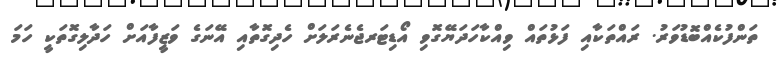
ތަންފުކެއްބޮޑުވަރު. ރައްތަކާއި ފަޅުތައް ވިއްކާހަދަޔޭގޮވި އޯޑިޓަރޖެނެރަލަށް ހެދިގޮތާއި އޭނަގެ ވަޒީފާއަށް ހަދާލިގޮތަކީ ހަމަ